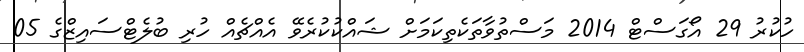
ހުކުރު 29 އޯގަސްޓް 2014 މަސްތުވާތަކެތިކަމަށް ޝައްކުކުރެވޭ އެއްޗެއް ހުރި ބުލެޓްސައިޒްގެ 05